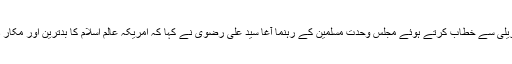
احتجاجی ریلی سے خطاب کرتے ہوئے مجلس وحدت مسلمین کے رہنما آغا سید علی رضوی نے کہا کہ امریکہ عالم اسلام کا بدترین اور مکار دشمن ہے۔